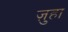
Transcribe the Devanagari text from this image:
ज़ुहा